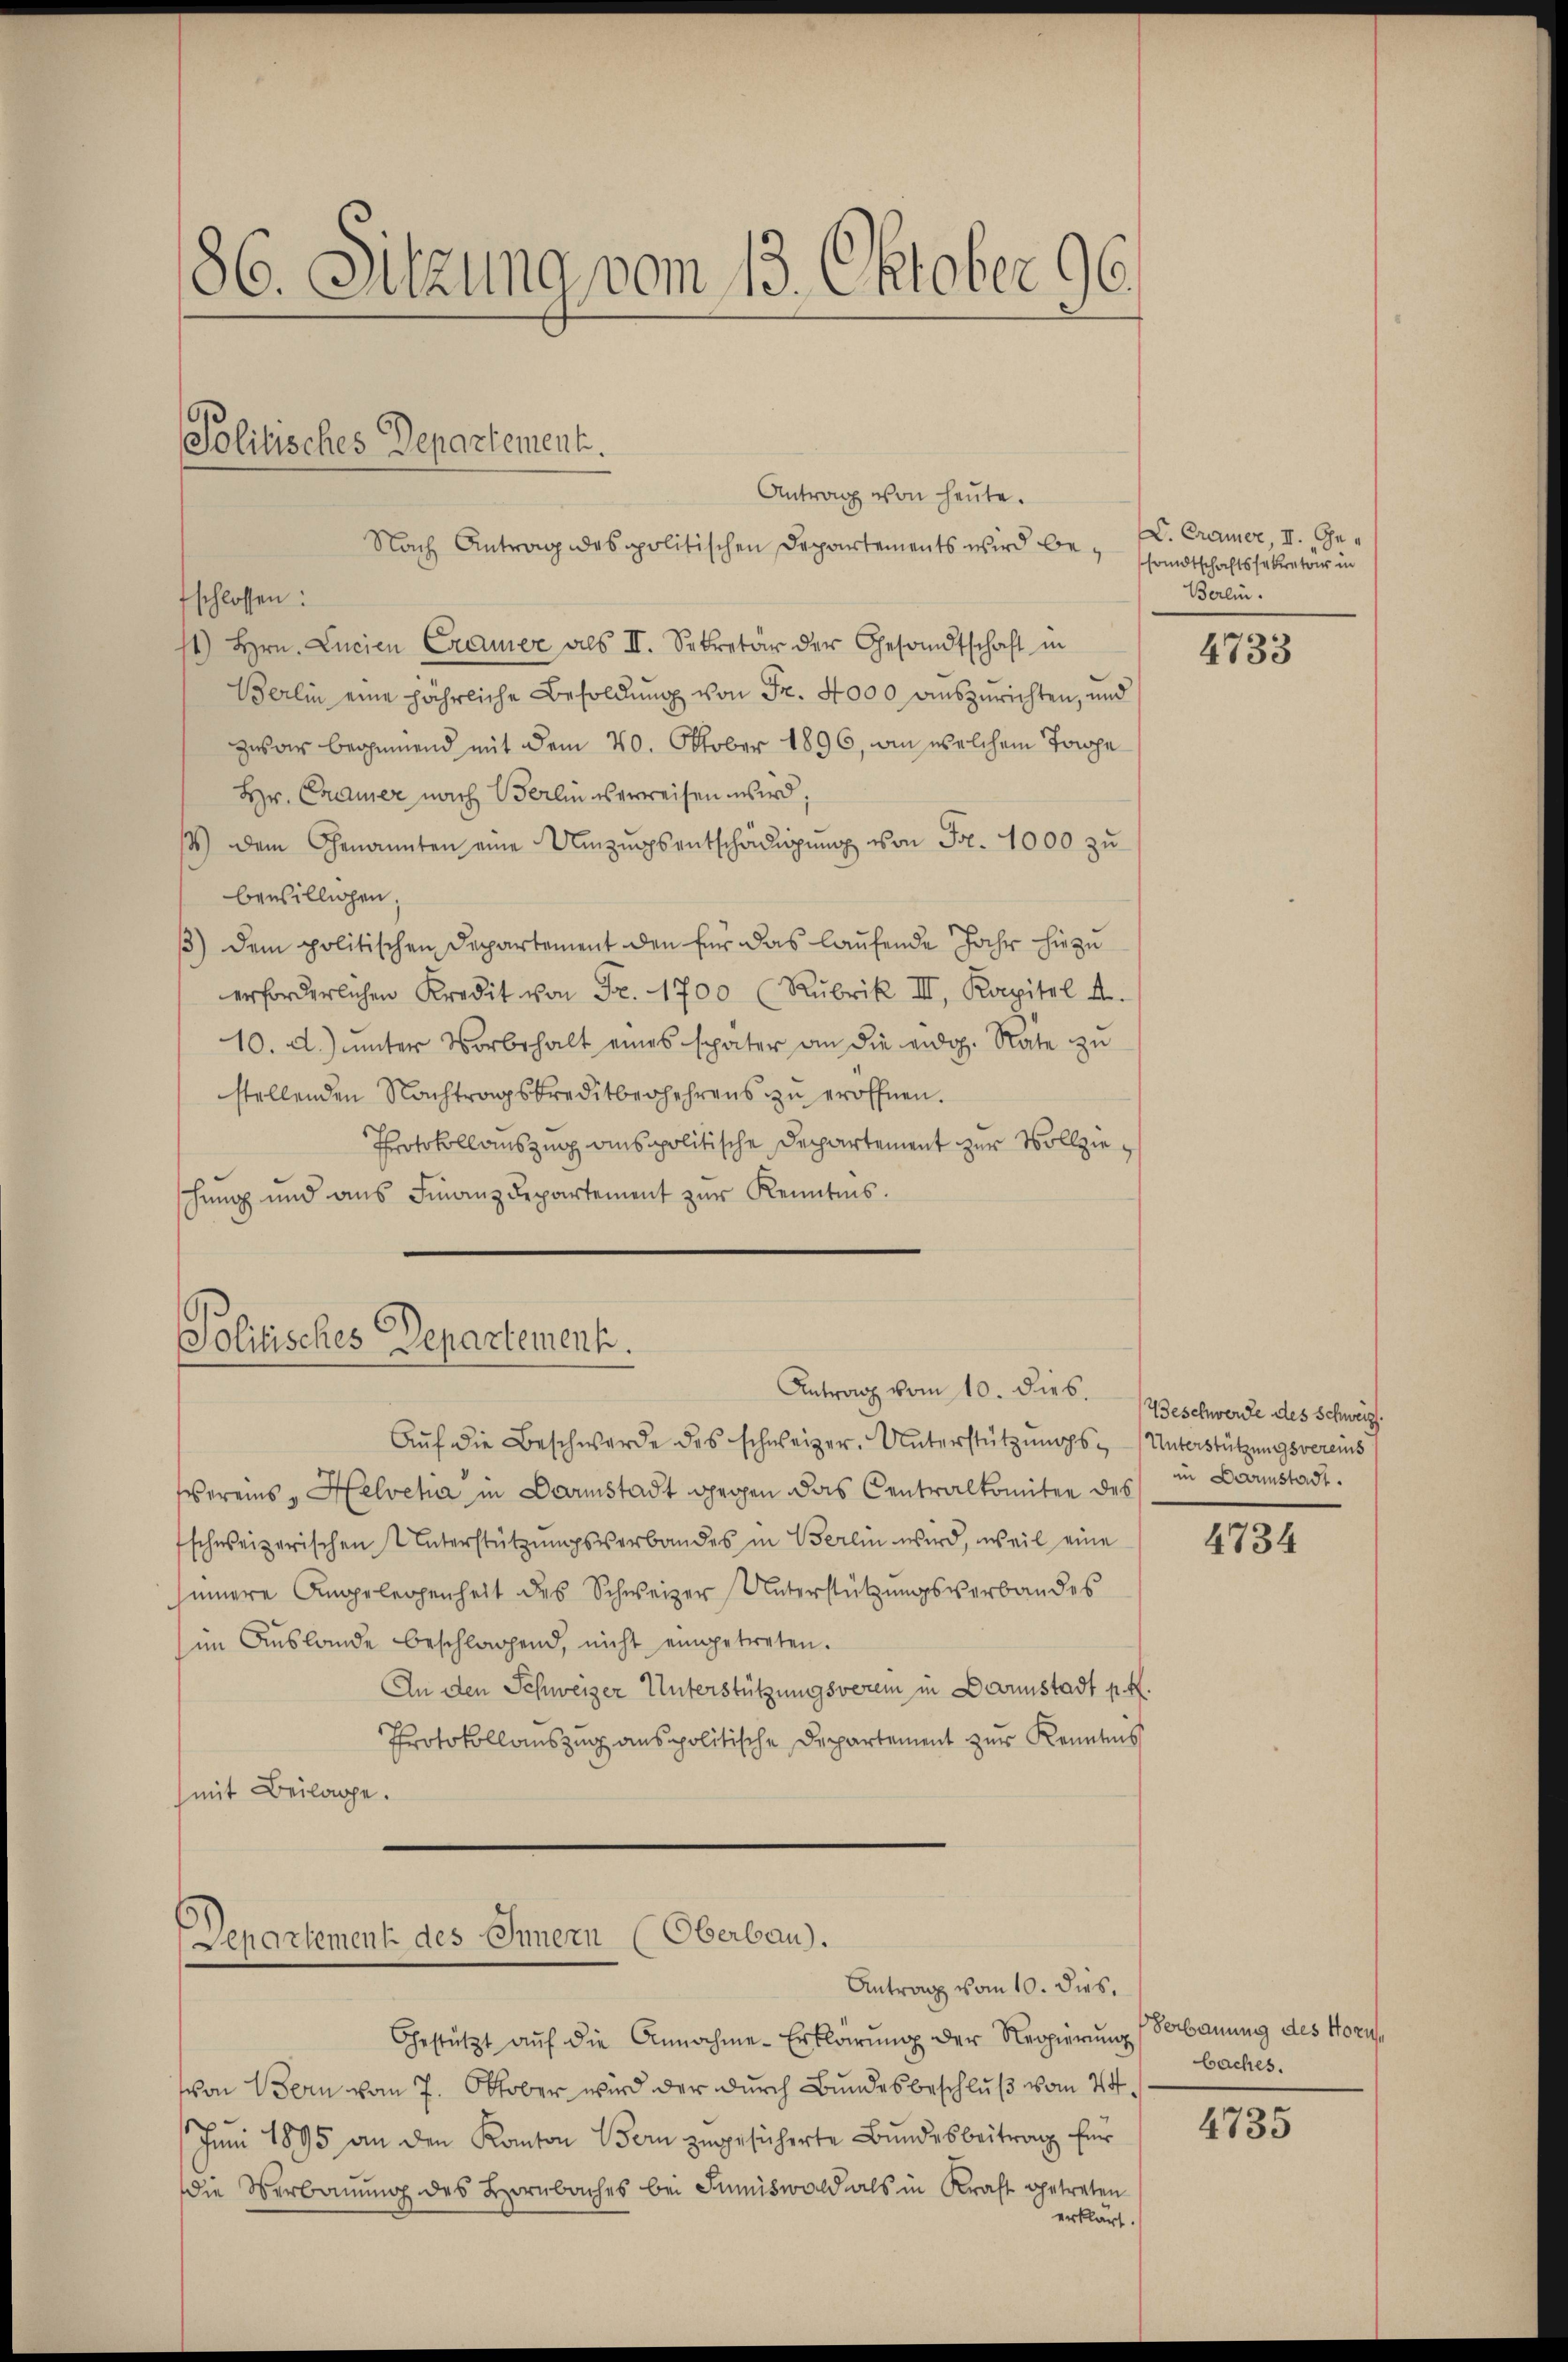
86. Sitzung vom 13. Oktober 96.

Antrag von heute.
Nach Antrag des politischen Departements wird befschlossen:
st) hrn. Lucien Cramer als II. Sekretär der Gesandtschaft in
Berlin eine jährliche Besoldung von Fr. 4000 auszurichten, und
zwar beginnend mit dem 20. Oktober 1896, an welchem Torpe
Hr. Cadmer nach Berlin verweisen wird,
14.) Dem Genannten eine Umzugsentschädigung von Fr. 1000 zu
bewilligen,
) dem politischen Departement den für das laufende Jahr hiezu
erforderlichen Kredit von Fr. 1700 (Rubrik III. Kapitel A.
10. d.) unter Vorbehalt eines später an die eidg. Rate zu
stellenden Nachtragskreditberhehrens zu eröffnen.
Protokollauszing anspolitische Departement zur Vollzieschung und ans Finanzdepartement zŭr Kenntnis.

Politisches Departement.

Aŭf die Beschwerde des schweizer. Unterstützungs- (Unterstützungsvereins
sbereins - Helvetia in Darmstadt gegen das Centralkomitee des
fschweizerischen Unterstützŭngsverbandes in Berlin wird, weil eine
sinnere Angelegenheit des Schweizer Unterstützungsverbandes
im Auslande beschlagend, nicht eingetreten.
An den Schweizer Unterstützungsverein in Darmstadt p. 4.
Protokollauszug anspolitische Departement zur Kenntnis
(mit Beilage.

Politisches Departement.
Antrag vom 10. dies. Beschwerde des Schweiz.

Departement des Innern (Oberbau.
Antrag vom 10. dies.

Gestützt aŭf die Annahme-Erklärŭng der Regierŭngsbaches.
von Bern vom 7. Oktober wird der durch Bundesbeschluß vom 24.
Juni 1895 an den Kanton Bern zugesicherte Bundesbeitrag für
Die Verbauung des Hornbaches bei Immiswald als in Kraft getreten
erklärt.

. Cramer, II. Gesandtschaftssekretours in
Berlin.

4733

in Darmstadt.

4734

Verbauung des Horn¬

4735